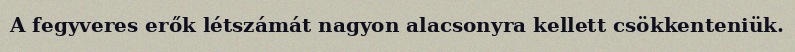
A fegyveres erők létszámát nagyon alacsonyra kellett csökkenteniük.